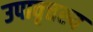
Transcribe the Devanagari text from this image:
उपावृत्तस्य